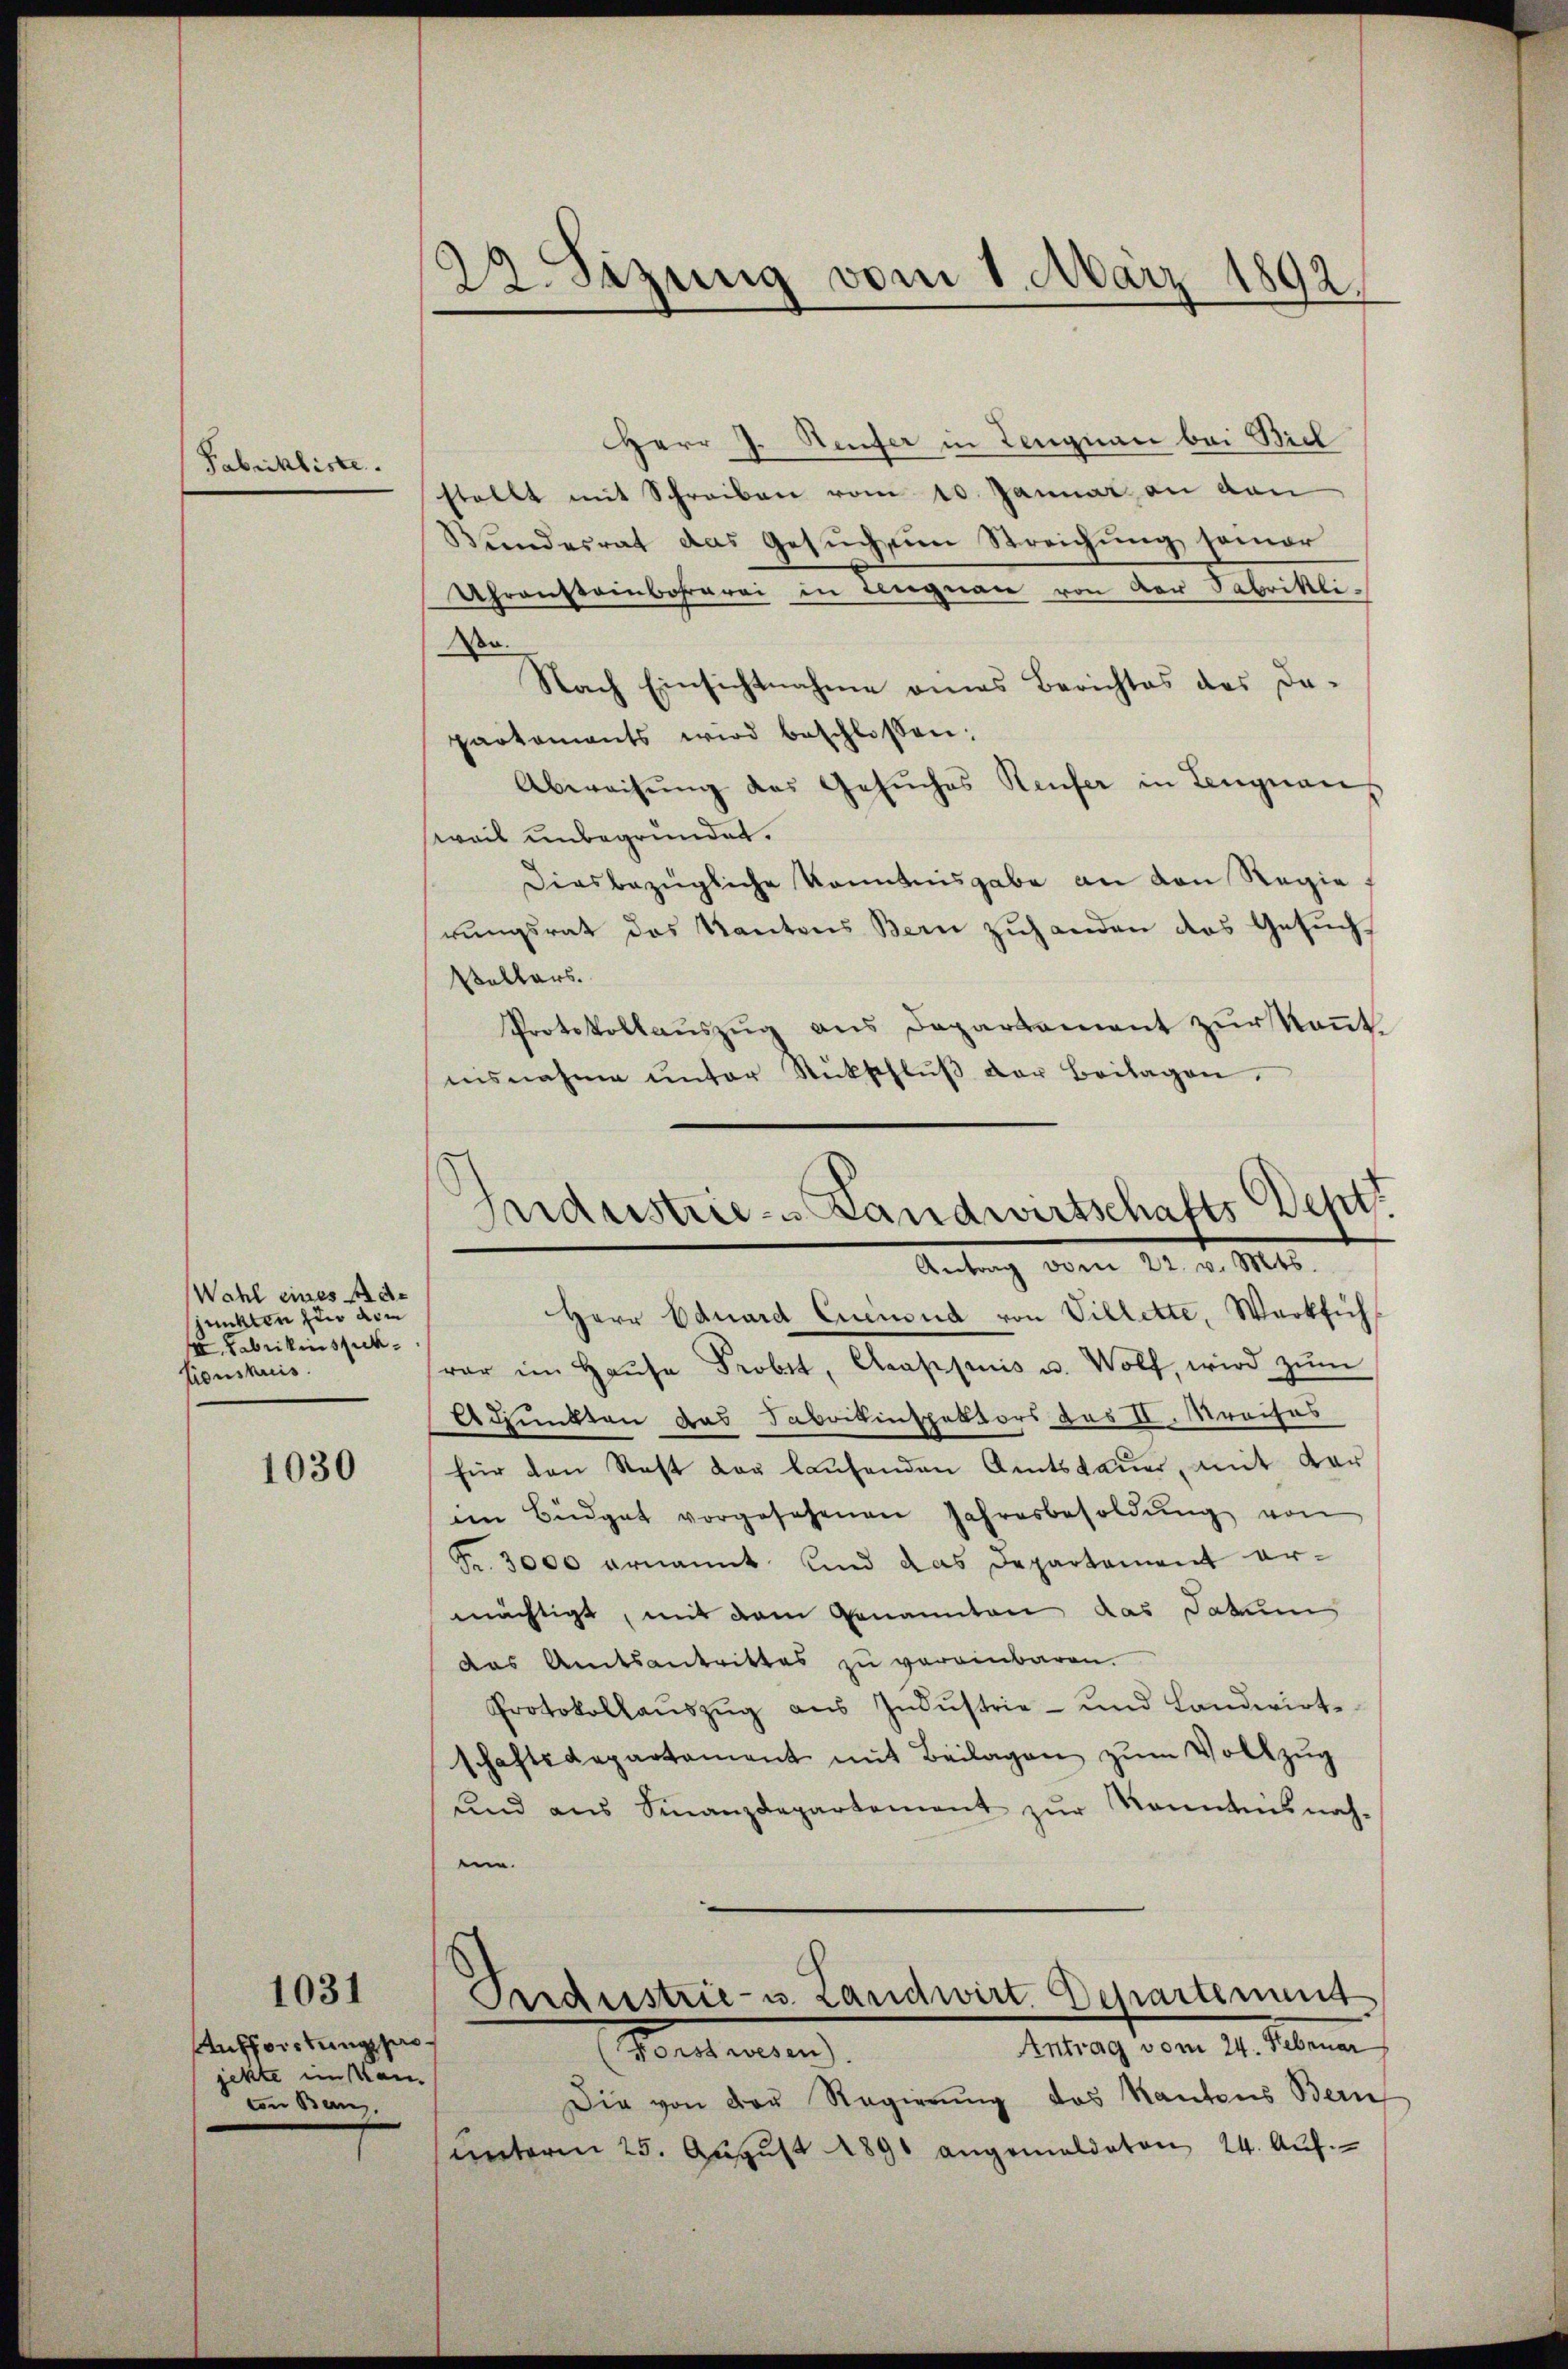
Fabichliste.

Wahl eines Ad
junkten zur von
I. Fabrikinspick
tionskreis.

1030

1031

Aufforstungsprojekte im Man
von Ban

22. Sizung vom 1. März 1892.

HHerr J. Heufer in Lengnau bei Biel
stellt mit Schreiben vom 10. Januar an dan
Bundesrat das Gesuch im Streichung seiner
Uhransteinbahrerei in Lengnau von der Fabriklido.
Nach Einsichtnahme eines Berichtes des Dapartaments wird beschlossen:
Abweisung des Gesuches Reufer in Lengnaus
sweil unbegründet.
Diesbezügliche kanntnisgabe an den Regie
rŭngsrat des Kantons Bern zŭhanden das Gesŭch
Vellars.
Protokollaŭszŭg ans Departement zŭr Kant.
nisnahme ŭnter Rückschlŭβ der Beilagen.

Industrie- Landwirtschafts Dept
Antrag von 24. d. M.

Herr Eduard Crenoud von Villette, Werkfüh
var im Haŭse Probst, Arappuis u. Wolf, wird zŭm
Adunkten das Sabrikinspektors das II. Mraihas
für den Rest der laŭfenden Amtsdaŭer, mit dar
im Büdget vorgesehenen Jahresbesoldŭng von
Fr. 3000 ernannt und das Departement ermächtigt, mit dem Genannten das Datum
das Amtsantrittes zu vereinbaren.
Protokollaŭszŭg aŭs Indŭstrie- und Landwirt-
schaftsdepartament mit Beilagen zŭm Vollzug
und ans Finanzdepartement zŭr Kenntnisnah-
m
Perdestrie- u. Landwirt Departement
Antrag vom 24. Februar
Sontanten
Die von der Regierŭng das Kantons Bern
ŭnterm 25. Aŭgŭst 1890 angemeldeten 24. Aŭf